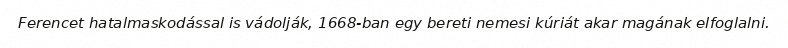
Ferencet hatalmaskodással is vádolják, 1668-ban egy bereti nemesi kúriát akar magának elfoglalni.